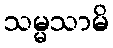
သမ္မသာမိ